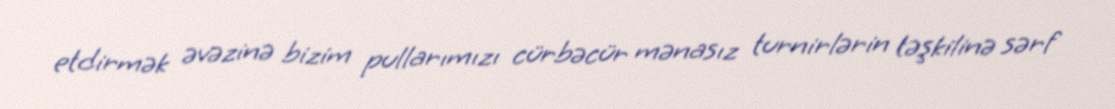
etdirmək əvəzinə bizim pullarımızı cürbəcür mənasız turnirlərin təşkilinə sərf